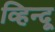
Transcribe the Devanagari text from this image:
व्हिन्दू